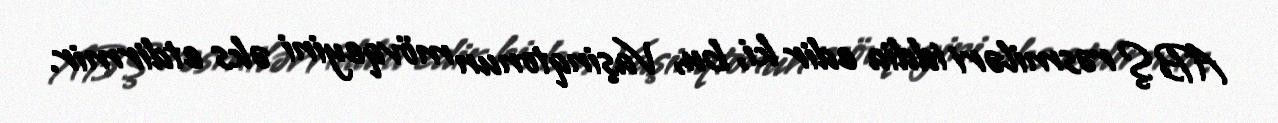
ABŞ rəsmiləri iddia edir ki, bu, Vaşinqtonun mövqeyini əks etdirmir.